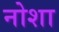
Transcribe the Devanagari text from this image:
नोशा